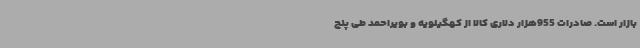
بازار است. صادرات 955هزار دلاری کالا از کهگیلویه و بویراحمد طی پنج